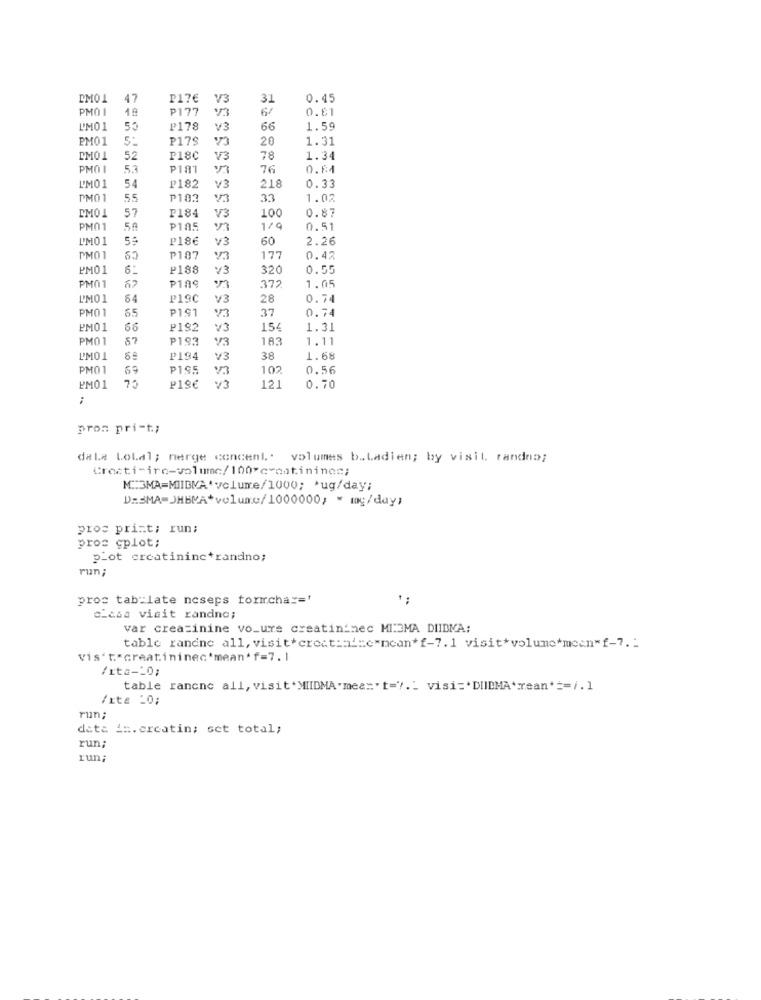
DM01
47
P17€
V3
31
0.45
PMO I
P177
0.61
L'M01
50
P178
V3
66
1.59
PM01
5:
P179
20
1.31
PM01
52
P18C
V3
78
1.34
PMOI
5.3
P181
76
Q.84
0.33
L'M01
54
₽182
V3
218
PM0 1
55
P183
V3
33
1.02
57
100
0.87
DM01
P184
V3
PM01
50
P105
1/9
0.51
L'M01
₱18€
v3
60
2.26
PM01
63
P187
177
0.42
PM01
10
₽188
v3
320
0.55
PM01
67
P189
372
1.05
L'M01
64
P19C
V3
28
0.74
PM01
P191
37
0.74
PM01
66
P192
v3
154
1.31
PM01
57
P193
V3
183
1.11
L'M01
10
₽194
v3
38
1.68
PM01
69
P195
102
0.56
PM01
7:
P19€
121
0.70
..
pros pri-t;
dale Lokal; nerge concenl' volumes b .. Ladien; by visit randna;
M .: 3MA=MIIBMA'volume/1000; * ug/day;
DRSMA=JHBMA*volume/1000000; * mg/day;
pros print; run;
pros gplot;
plot creatinine*randno;
run;
pros tab:late ncseps formcha == '
1 :
c_cas visit randno;
var creatinine vo_ure creatininec MI:3MA DIIBMA:
table randne all, visit*creat:ni=c"ncan*f-7.1 visit*volume*mean"f-7 .:
vis't"creatininec'mean'f=7.1
/xta -_ 0;
table rancne all, visit.MIIDMA"mee='t="." visi='DIIDMA'rean' == /.1
/xta _0;
run;
data in.creatin; sct total;
run;
run;